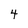
Character: 4